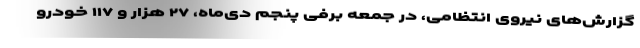
گزارش‌های نیروی انتظامی، در جمعه برفی پنجم دی‌ماه، ۲۷ هزار و ۱۱۷ خودرو